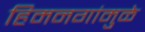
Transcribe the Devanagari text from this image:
हिमनगांमुळे